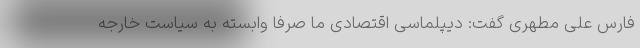
فارس علی مطهری گفت: دیپلماسی اقتصادی ما صرفا وابسته به سیاست خارجه